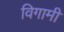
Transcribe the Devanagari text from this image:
विगामी